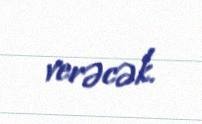
verəcək.